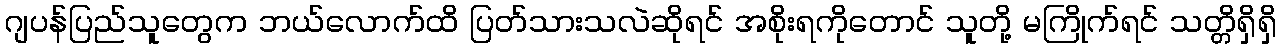
ဂျပန်ပြည်သူတွေက ဘယ်လောက်ထိ ပြတ်သားသလဲဆိုရင် အစိုးရကိုတောင် သူတို့ မကြိုက်ရင် သတ္တိရှိရှိ